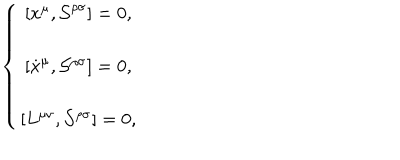
\left\{ \begin{array} { c } { { \left[ x ^ { \mu } , \mathcal { S } ^ { \rho \sigma } \right] = 0 , } } \\ { { \left[ \dot { x } ^ { \mu } , \mathcal { S ^ { \rho \sigma } } \right] = 0 , } } \\ { { \left[ L ^ { \mu \nu } , \mathcal { S ^ { \rho \sigma } } \right] = 0 , } } \\ \end{array} \right.